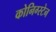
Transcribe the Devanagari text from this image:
कोनिग्स्टेन